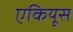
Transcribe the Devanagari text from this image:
एकियूस